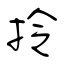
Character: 拎